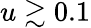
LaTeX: u\gtrsim 0.1